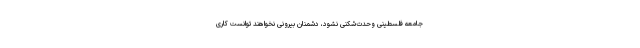
جامعه‌ فلسطینی وحدت‌شکنی نشود، دشمنان بیرونی نخواهند توانست کاری